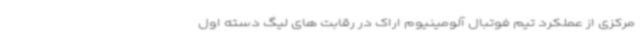
مرکزی از عملکرد تیم فوتبال آلومینیوم اراک در رقابت های لیگ دسته اول